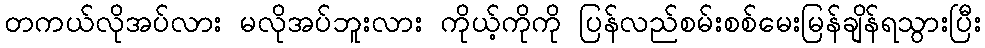
တကယ်လိုအပ်လား မလိုအပ်ဘူးလား ကိုယ့်ကိုကို ပြန်လည်စမ်းစစ်မေးမြန်ချိန်ရသွားပြီး